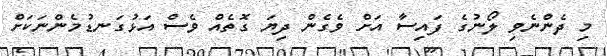
މި ދެންނެވި ލޯނުގެ ފައިސާ އަށް ވެގެން ދިޔަ ގޮތެއް ވެސް އަޅުގަނޑުމެންނަކަށް